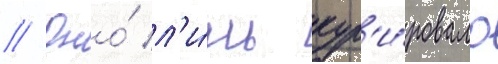
// Оно́ л'и́шь кур'и́ровало